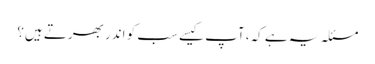
مسئلہ یہ ہے کہ، آپ کیسے سب کو اندر بھرتے ہیں؟